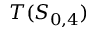
T ( S _ { 0 , 4 } )